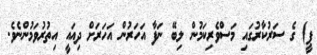
ޕީ) ގެ ސަރުކާރުގައި މަސްވެރިކަމުން ލިބޭ ނަފާ އަހަރުން އަހަރަށް ދިއައީ އިތުރުވަމުންނެވެ.